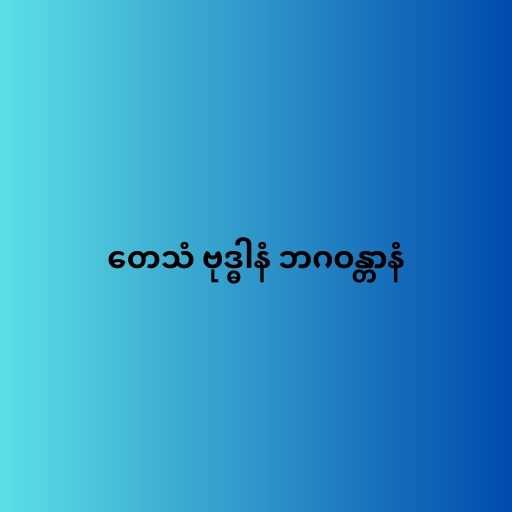
တေသံ ဗုဒ္ဓါနံ ဘဂဝန္တာနံ